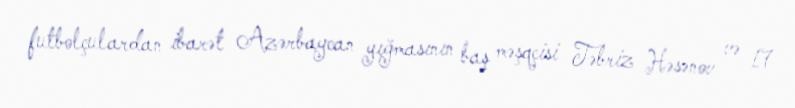
futbolçulardan ibarət Azərbaycan yığmasının baş məşqçisi Təbriz Həsənov və 17